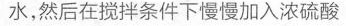
水，然后在搅拌条件下慢慢加入浓硫酸